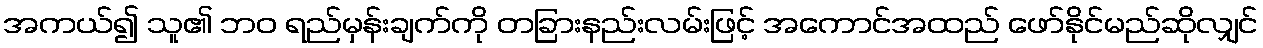
အကယ်၍ သူ၏ ဘဝ ရည်မှန်းချက်ကို တခြားနည်းလမ်းဖြင့် အကောင်အထည် ဖော်နိုင်မည်ဆိုလျှင်